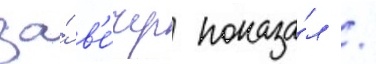
за́ в'е́чер показа́л /